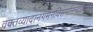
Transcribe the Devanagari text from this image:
वक्तव्यादानगमनविसर्गानन्दात्मने